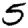
Digit: 5